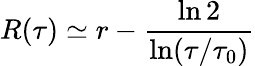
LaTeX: R(\tau)\simeq r-\frac{\ln 2}{\ln(\tau/\tau_{0})}